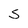
Character: S